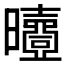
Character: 𣌐